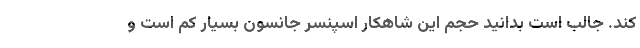
کند. جالب است بدانید حجم این شاهکار اسپنسر جانسون بسیار کم است و